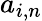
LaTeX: a_{i,n}